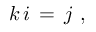
~ k \, i \, = \, j ~ ,